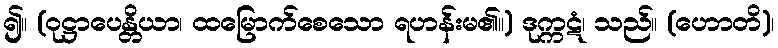
၍။ (ဝုဋ္ဌာပေန္တိယာ၊ ထမြောက်စေသော ရဟန်းမ၏။) ဒုက္ကဋံ၊ သည်။ (ဟောတိ)၊